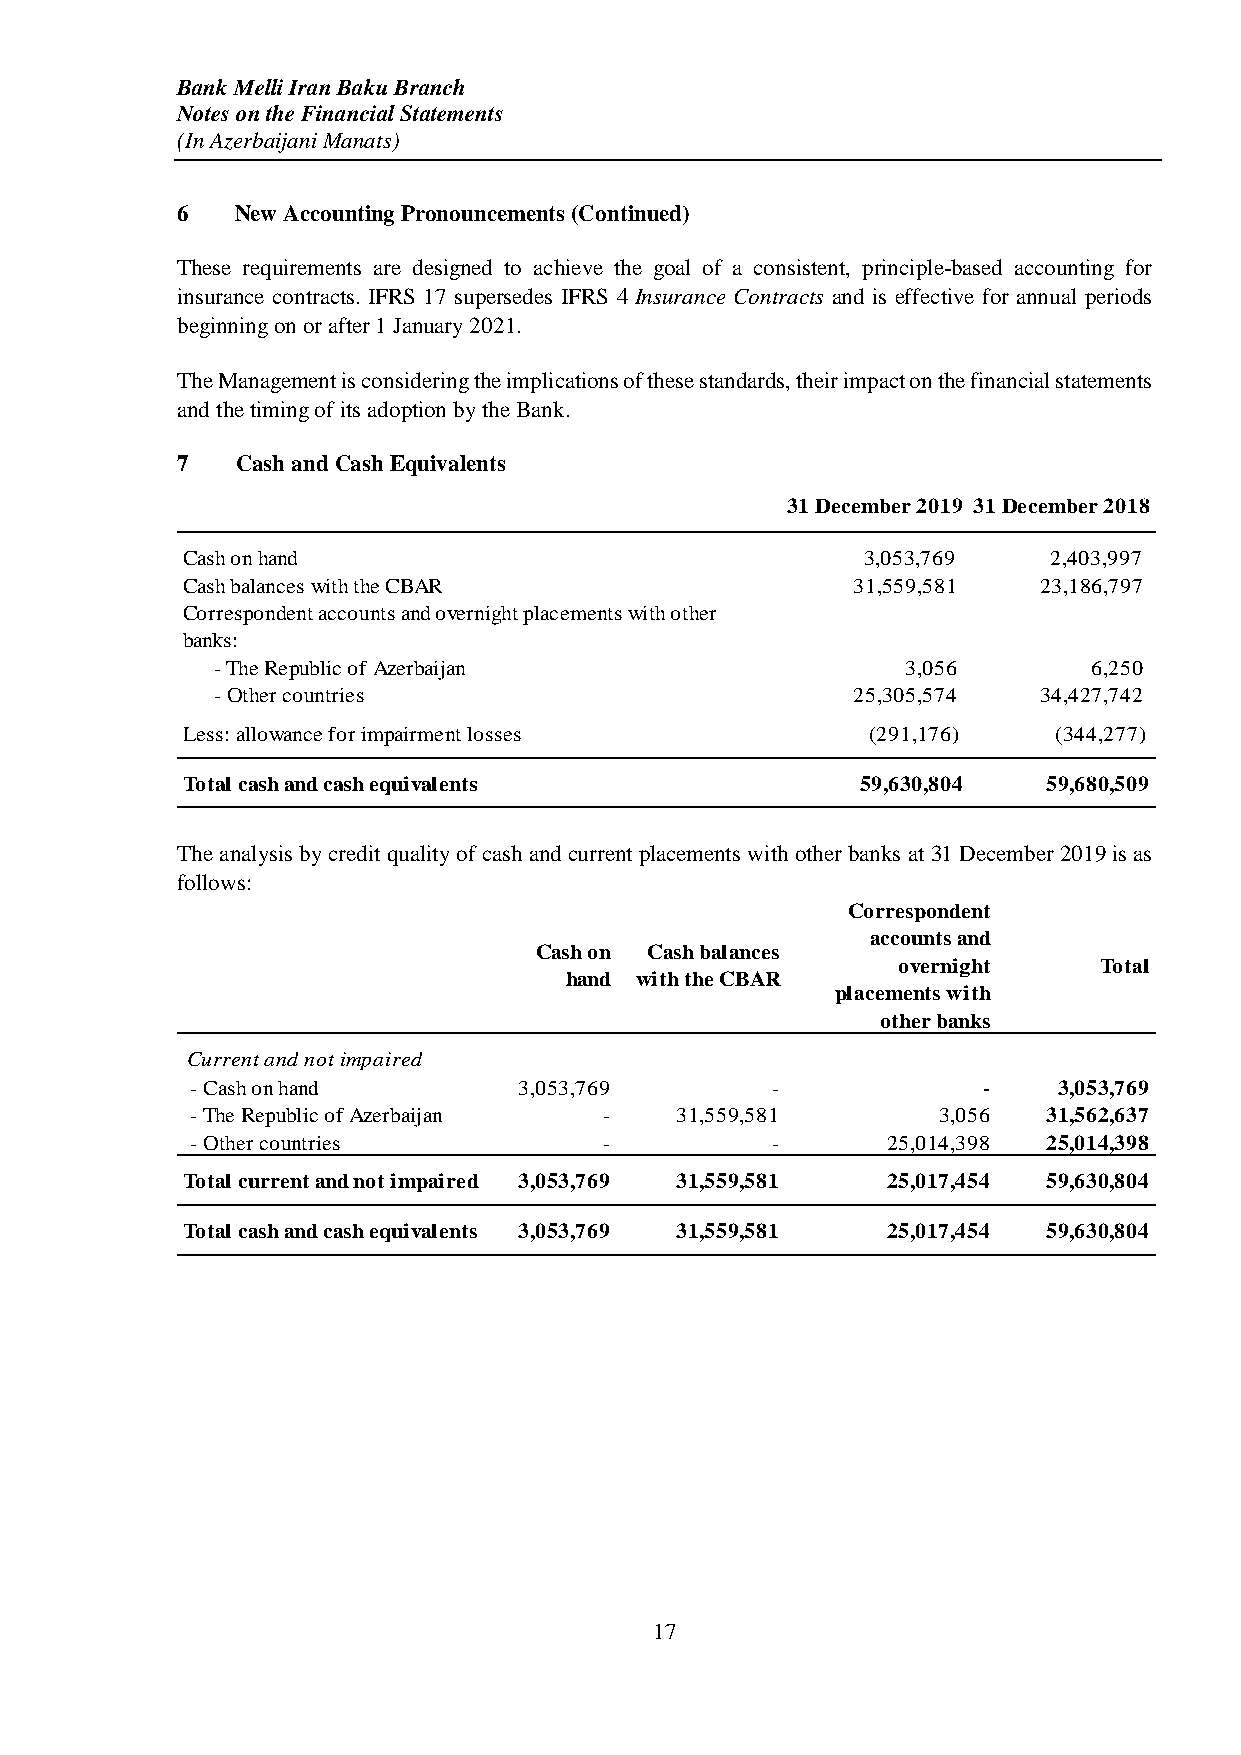
Bank Melli Iran Baku Branch
 Notes on the Financial Statements
 (In Azerbaijani Manats)
 6   New Accounting Pronouncements (Continued)
 These requirements are designed to achieve the goal of a consistent, principle-based accounting for
 insurance contracts. IFRS 17 supersedes IFRS 4 Insurance Contracts and is effective for annual periods
 beginning on or after 1 January 2021.
 The Management is considering the implications of these standards, their impact on the financial statements
 and the timing of its adoption by the Bank.
 7   Cash and Cash Equivalents
 31 December 2019 31 December 2018
 Cash on hand                                 3,053,769    2,403,997
 Cash balances with the CBAR                  31,559,581  23,186,797
 Correspondent accounts and overnight placements with other
 banks:
 - The Republic of Azerbaijan                  3,056       6,250
 - Other countries                          25,305,574  34,427,742
 Less: allowance for impairment losses         (291,176)   (344,277)
 Total cash and cash equivalents              59,630,804  59,680,509
 The analysis by credit quality of cash and current placements with other banks at 31 December 2019 is as
 follows:
 Correspondent
 accounts and
 Cash on Cash balances
 overnight     Total
 hand with the CBAR
 placements with
 other banks
 Current and not impaired
 - Cash on hand       3,053,769        -             -    3,053,769
 - The Republic of Azerbaijan -  31,559,581       3,056  31,562,637
 - Other countries          -          -       25,014,398 25,014,398
 Total current and not impaired 3,053,769 31,559,581 25,017,454 59,630,804
 Total cash and cash equivalents 3,053,769 31,559,581 25,017,454 59,630,804
 17